Etiology and epidemiology of plague
Disease focus: Plague
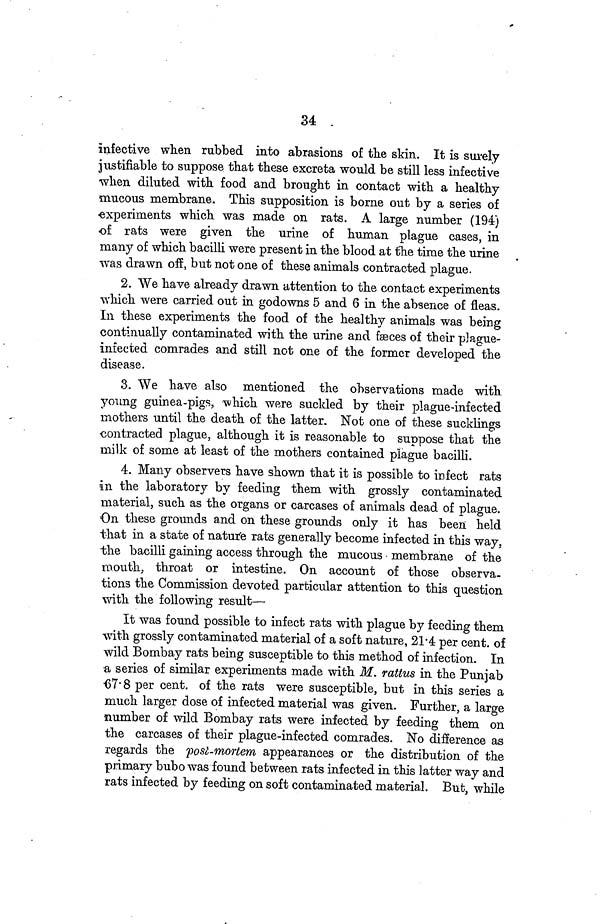
34
infective when rubbed into abrasions of the skin. It is surely
justifiable to suppose that these excreta would be still less infective
when diluted with food and brought in contact with a healthy
mucous membrane. This supposition is borne out by a series of
experiments which was made on rats. A large number (194)
of rats were given the urine of human plague cases, in
many of which bacilli were present in the blood at the time the urine
was drawn off, but not one of these animals contracted plague.
2. We have already drawn attention to the contact experiments
which were carried out in godowns 5 and 6 in the absence of fleas.
In these experiments the food of the healthy animals was being
continually contaminated with the urine and fæces of their plague-
infected comrades and still not one of the former developed the
disease.
3. We have also mentioned the observations made with
young guinea-pigs, which were suckled by their plague-infected
mothers until the death of the latter. Not one of these sucklings
contracted plague, although it is reasonable to suppose that the
milk of some at least of the mothers contained plague bacilli.
4. Many observers have shown that it is possible to infect rats
in the laboratory by feeding them with grossly contaminated
material, such as the organs or carcases of animals dead of plague.
On these grounds and on these grounds only it has been held
that in a state of nature rats generally become infected in this way.
the bacilli gaining access through the mucous membrane of the
mouth, throat or intestine. On account of those observa-
tions the Commission devoted particular attention to this question
with the following result—
It was found possible to infect rats with plague by feeding them
with grossly contaminated material of a soft nature, 21 4 per cent. of
wild Bombay rats being susceptible to this method of infection. In
a series of similar experiments made with M. rattus in the Punjab
67 8 per cent. of the rats were susceptible, but in this series a
much larger dose of infected material was given. Further, a large
number of wild Bombay rats were infected by feeding them on
the carcases of their plague-infected comrades. No difference as
regards the post-mortem appearances or the distribution of the
primary bubo was found between rats infected in this latter way and
rats infected by feeding on soft contaminated material. But, while